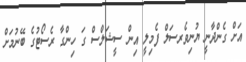
އަށް ގެންދާނީ ޔުނިވެރސަލް ފެމިލީ އިން ސީޝަލްސް ގަ ހިންގާ ރެސޯޓުގެ ބޭނުމަށް